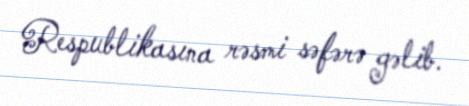
Respublikasına rəsmi səfərə gəlib.